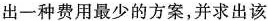
出一种费用最少的方案，并求出该